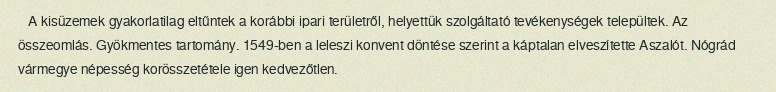
A kisüzemek gyakorlatilag eltűntek a korábbi ipari területről, helyettük szolgáltató tevékenységek települtek. Az összeomlás. Gyökmentes tartomány. 1549-ben a leleszi konvent döntése szerint a káptalan elveszítette Aszalót. Nógrád vármegye népesség korösszetétele igen kedvezőtlen.